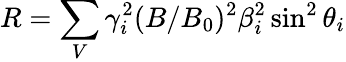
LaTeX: R=\sum_{V}\gamma_{i}^{2}(B/B_{0})^{2}\beta_{i}^{2}\sin^{2}\theta_{i}